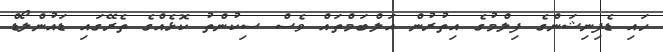
ހައި ޑެފިނިޝަންގެ ފިލްމުގެ އިތުރުން އަލްބަމްތައް ވެސް ސިކުންތު ކޮޅެއްގެ ތެރޭގައި ޑައުންލޯޑް